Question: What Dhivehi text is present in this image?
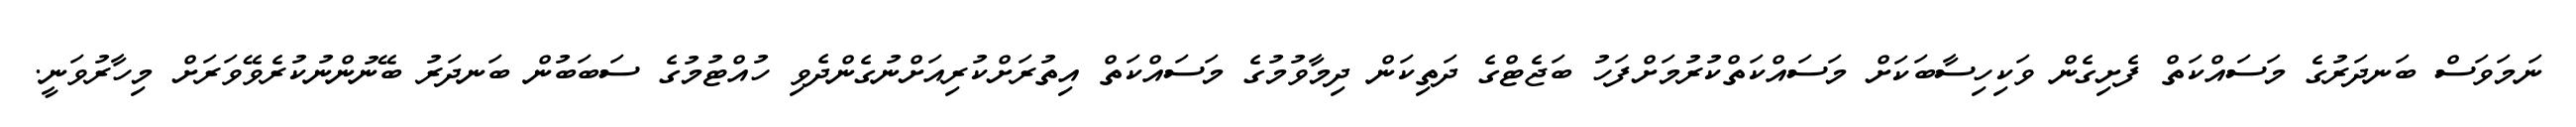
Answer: ނަމަވަސް ބަނދަރުގެ މަސައްކަތް ފެށިގެން ވަކިހިސާބަކަށް މަސައްކަތްކުރުމަށްފަހު ބަޖެޓްގެ ދަތިކަން ދިމާވުމުގެ މަސައްކަތް އިތުރަށްކުރިއަށްނުގެންދެވި ހުއްޓުމުގެ ސަބަބުން ބަނދަރު ބޭނުންނުކުރެވޭވަރަށް މިހާރުވަނީ.